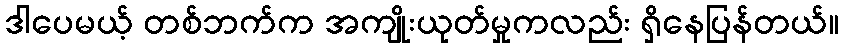
ဒါပေမယ့် တစ်ဘက်က အကျိုးယုတ်မှုကလည်း ရှိနေပြန်တယ်။